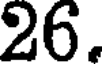
26.